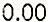
0.00